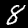
Label: 8